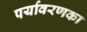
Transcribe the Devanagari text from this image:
पर्यावरणका